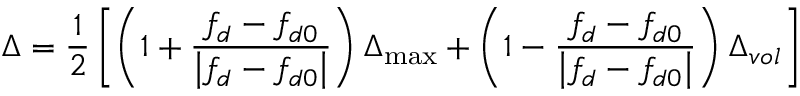
\Delta = \frac { 1 } { 2 } \left[ \left( 1 + \frac { f _ { d } - f _ { d 0 } } { \left| f _ { d } - f _ { d 0 } \right| } \right) \Delta _ { \operatorname* { m a x } } + \left( 1 - \frac { f _ { d } - f _ { d 0 } } { \left| f _ { d } - f _ { d 0 } \right| } \right) \Delta _ { v o l } \right]